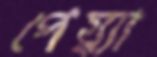
পেয়্যা